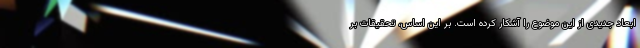
ابعاد جدیدی از این موضوع را آشکار کرده است. بر این اساس، تحقیقات بر